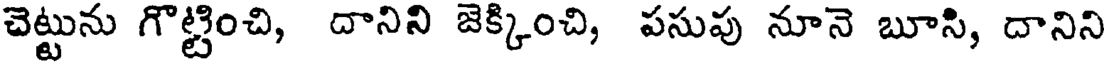
చెట్టును గొట్టించి, దానిని జెక్కించి, పసుపు నూనె బూసి, దానిని